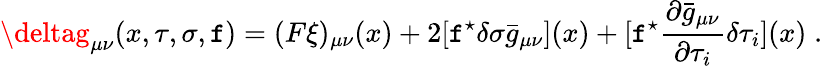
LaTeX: \deltag_{\mu\nu}(x,\tau,\sigma,\mathtt{f})=(F\xi)_{\mu\nu}(x)+2[\mathtt{f}^{\star}\delta\sigma\bar{{g}}_{\mu\nu}](x)+[\mathtt{f}^{\star}\frac{{\partial\bar{{g}}_{\mu\nu}}}{{\partial\tau_{i}}}\delta\tau_{i}](x)\; .